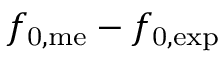
f _ { \mathrm { 0 , m e } } - f _ { \mathrm { 0 , e x p } }